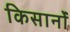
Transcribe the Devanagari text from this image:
किसानोंं